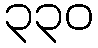
၃၃၀